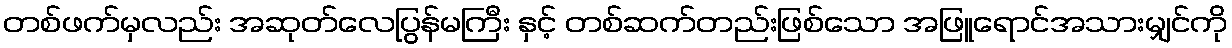
တစ်ဖက်မှလည်း အဆုတ်လေပြွန်မကြီး နှင့် တစ်ဆက်တည်းဖြစ်သော အဖြူရောင်အသားမျှင်ကို